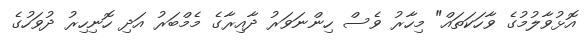
އޮޅުވާލުމުގެ ވާހަކަތައް" މިހާރު ވެސް ހިންނަވަރު ދާއިރާގެ މެމްބަރު އަދި ހޮނިހިރު ދުވަހުގެ